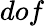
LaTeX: dof